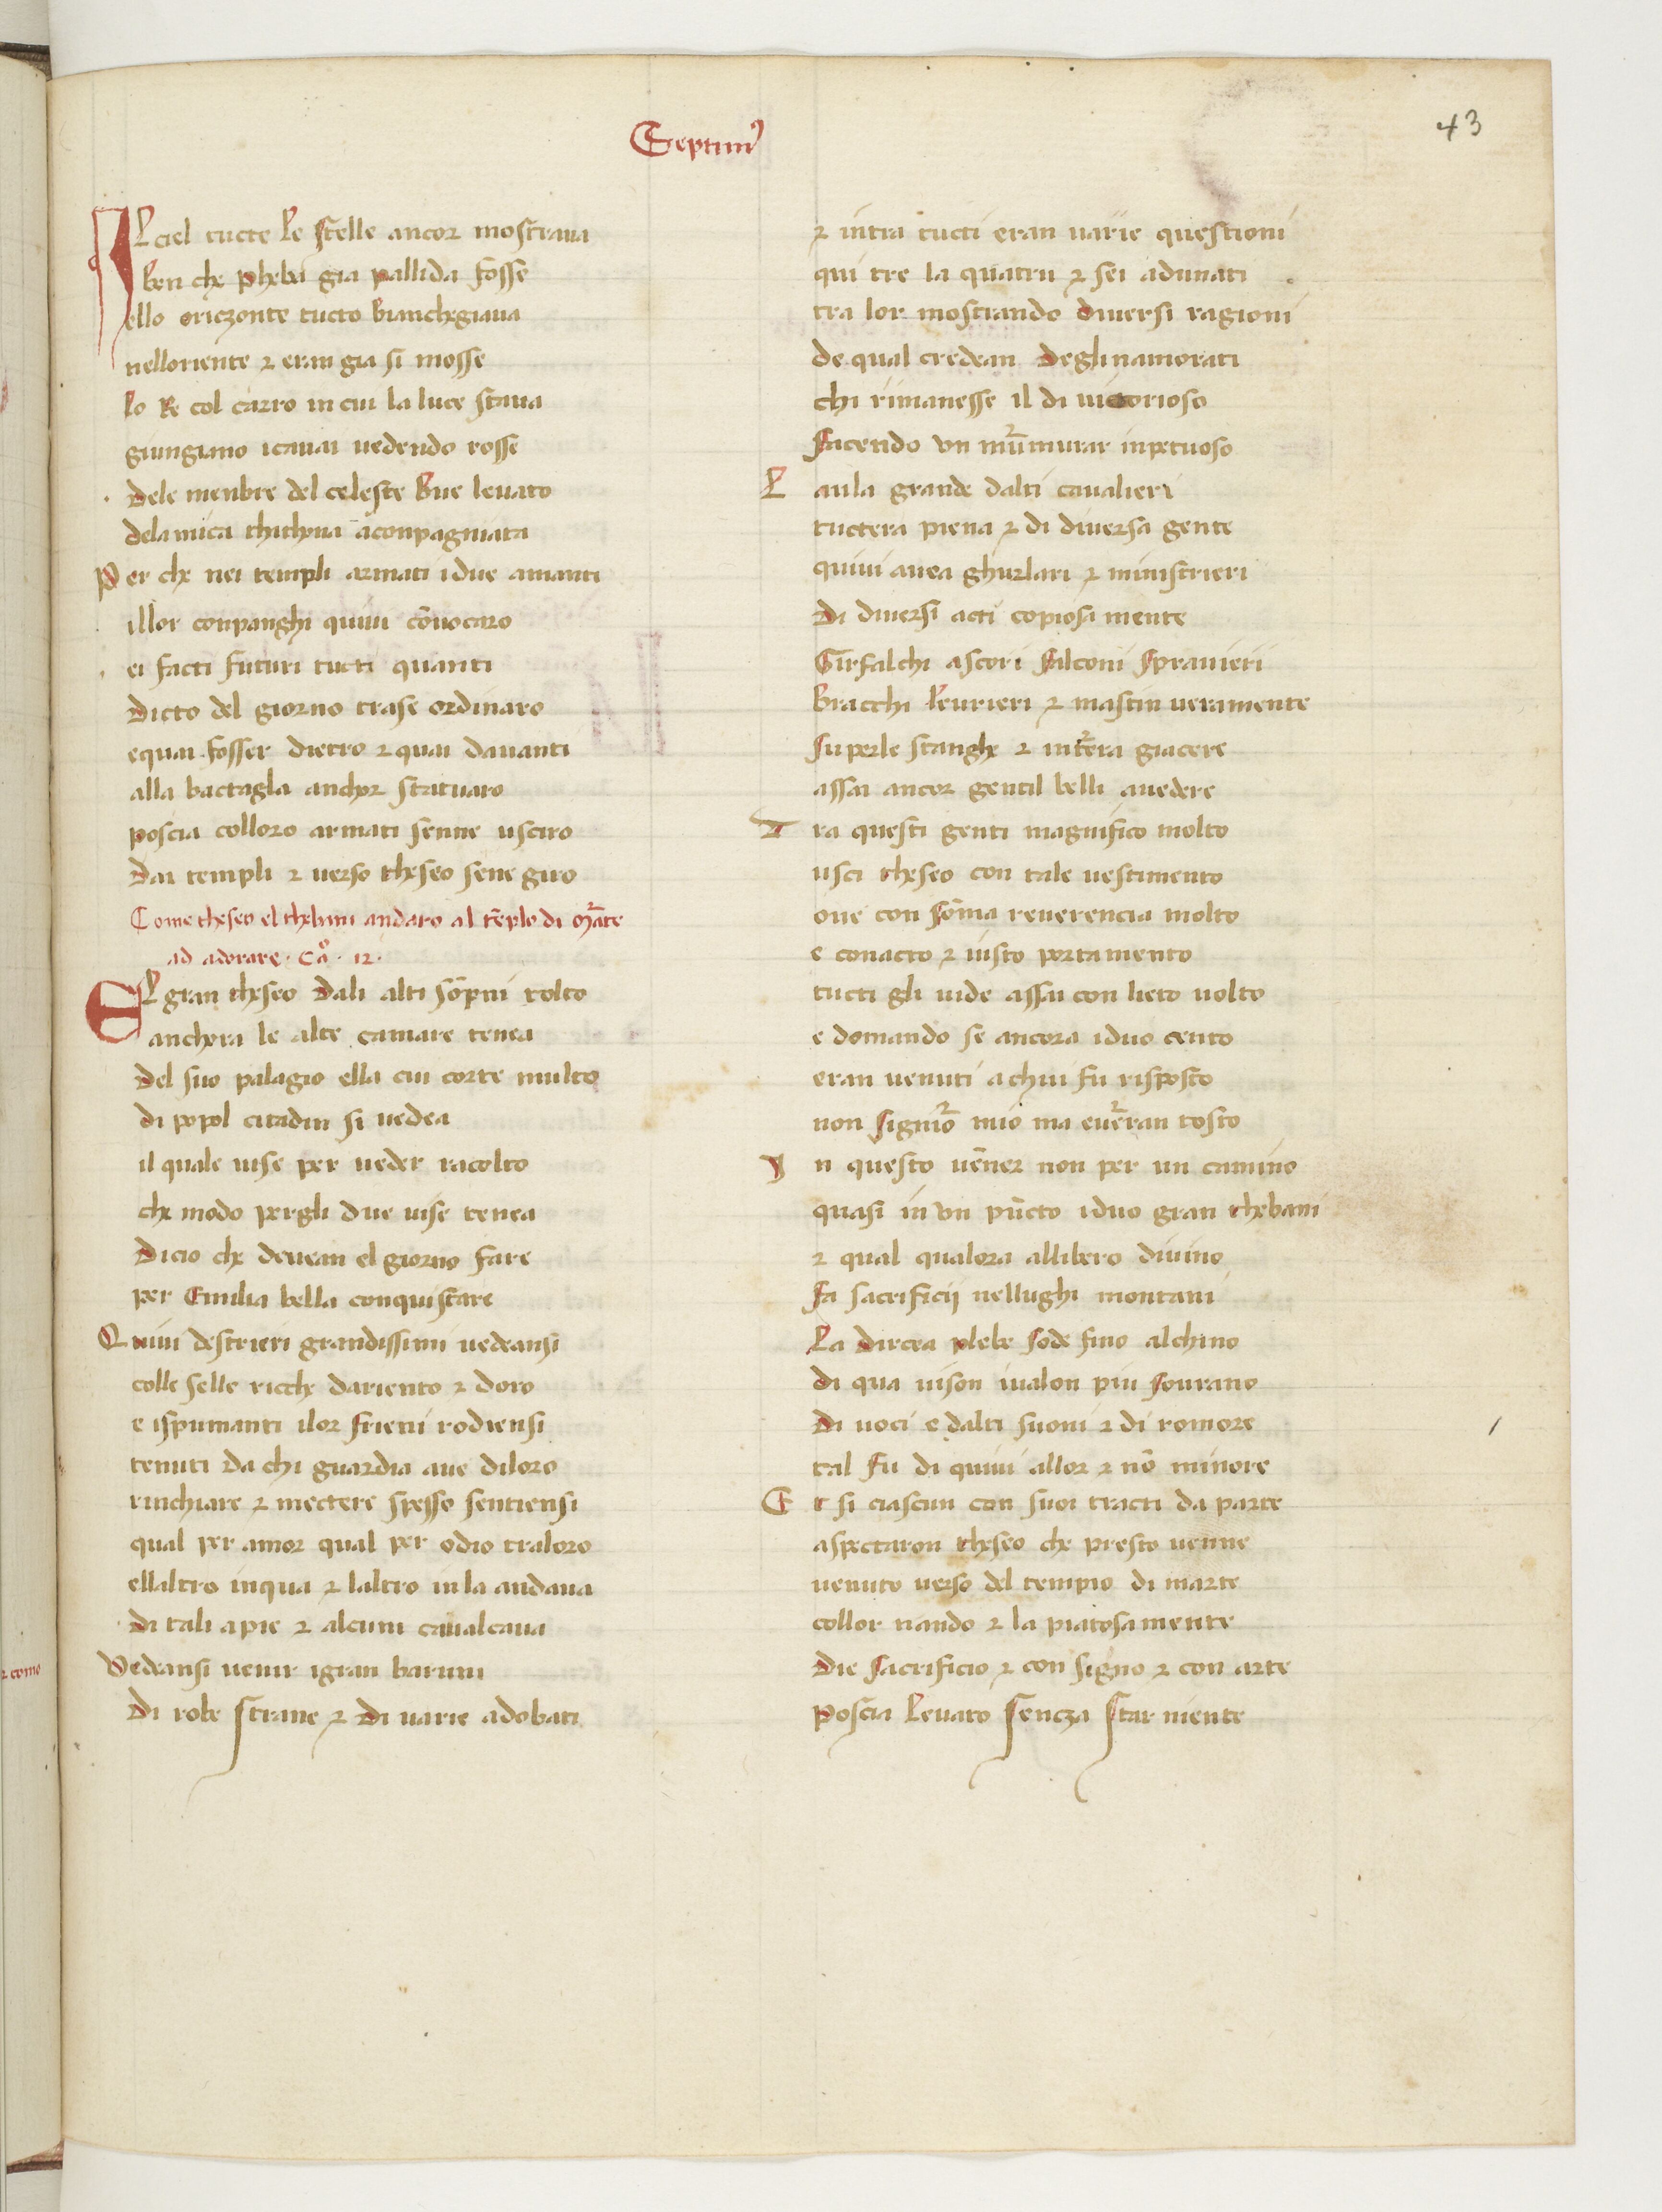
Shelfmark: Paris, BnF, ita. 583
Century: 15